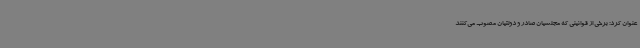
عنوان کرد: برخی از قوانینی که مجلسیان صادر و دولتیان مصوب می‌کنند